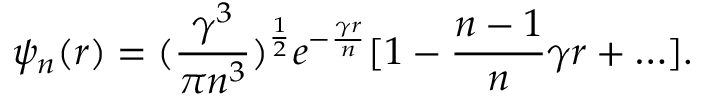
\psi _ { n } ( r ) = ( \frac { \gamma ^ { 3 } } { \pi n ^ { 3 } } ) ^ { \frac { 1 } { 2 } } e ^ { - \frac { \gamma r } { n } } [ 1 - \frac { n - 1 } { n } \gamma r + \ldots ] .